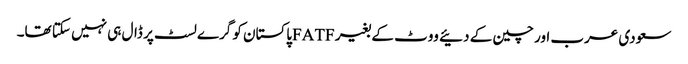
سعودی عرب اور چین کے دئیے ووٹ کے بغیر FATFپاکستان کو گرے لسٹ پر ڈال ہی نہیں سکتا تھا۔